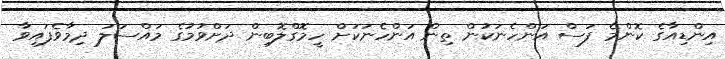
އިންޑިއާގެ ކޮންމެ ފަސް އަންހެނަކުން ތިން އަންހެނަކަށް ހީމޮގްލޮބިން ދަށްވުމުގެ މައްސަލަ ދިމާވެފައިވާ